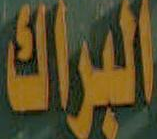
البراك